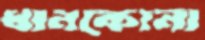
ধানকোনা